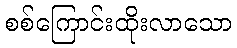
စစ်ကြောင်းထိုးလာသော